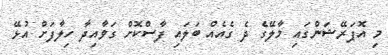
މި އޮޕަރޭޝަންގައި މާލޭގެ ދެ ގެއެއް ބަލައި ފާސްކޮށް ގަވާއިދާ ހިލާފަށް އުޅޭ